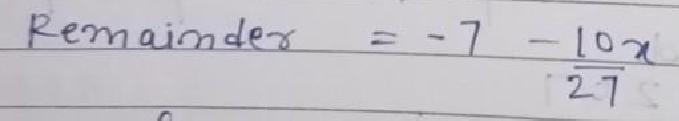
$\text{Remainder}=-7-\frac{10}{27}x$